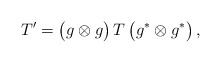
\begin{align*} T' = \bigl(g \otimes g \bigr) \, T \, \bigl(g^* \otimes g^* \bigr) \,,\end{align*}